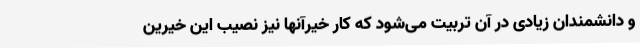
و دانشمندان زیادی در آن تربیت می‌شود که کار خیرآنها نیز نصیب این خیرین